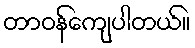
တာဝန်ကျေပါတယ်။